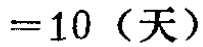
$=10 \text{（天）}$